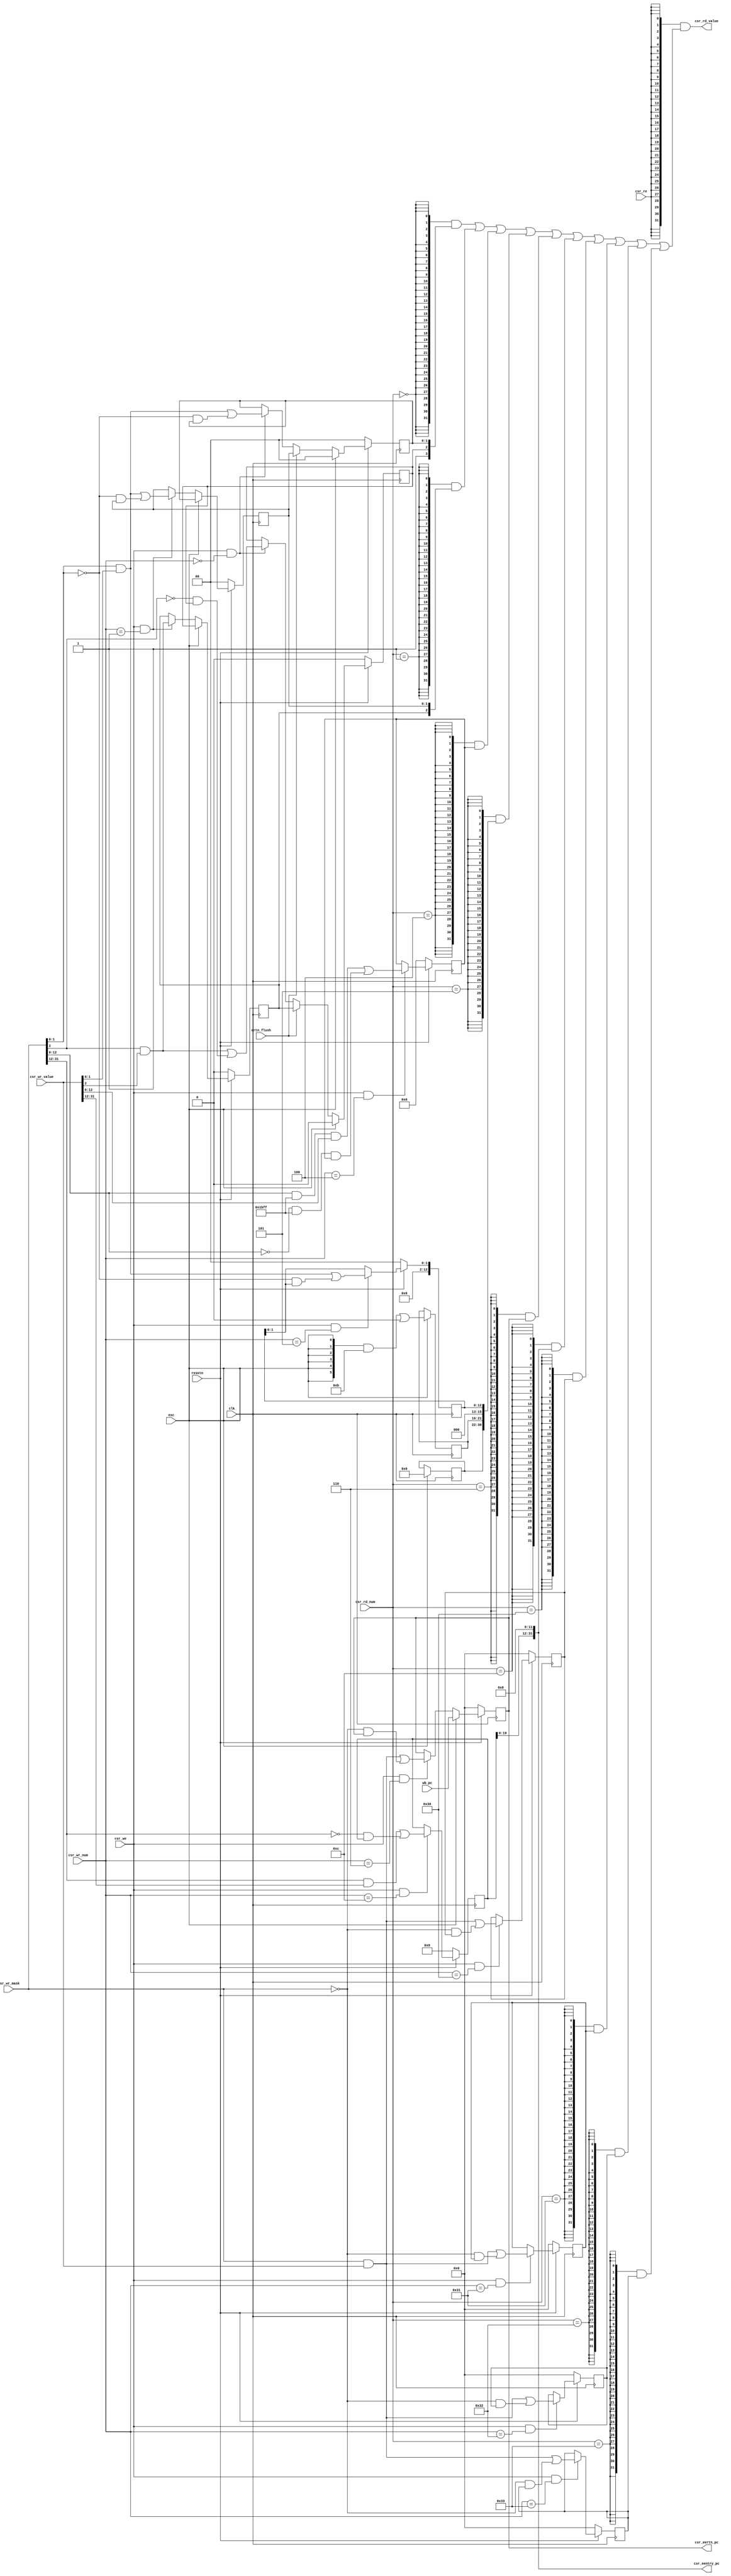
`timescale 1ns / 1ps

module csr(
    input         clk,
    input  [0 :0] exc,//should be revised in exp13 only set sys and brk
    input         ertn_flush,
    input         resetn,
    input         csr_re,
    input  [13:0] csr_wr_num,
    input  [13:0] csr_rd_num,
    input         csr_we,
    input  [31:0] csr_wr_mask,
    input  [31:0] csr_wr_value,
    input  [31:0] wb_pc,
    output [31:0] csr_rd_value,
    output [31:0] csr_eentry_pc,
    output [31:0] csr_eertn_pc
);

localparam  CSR_CRMD             = 14'b0,
            CSR_CRMD_PLV_START   = 0,
            CSR_CRMD_PLV_END     = 1,
            CSR_CRMD_IE          = 2,
            CSR_PRMD             = 14'b1,
            CSR_PRMD_PPLV_START  = 0,
            CSR_PRMD_PPLV_END    = 1,
            CSR_PRMD_PIE         = 2,
            CSR_ECFG             = 14'b100,
            CSR_ECFG_LIE_START   = 0,
            CSR_ECFG_LIE_END     = 12,
            CSR_ESTAT            = 14'h5,
            CSR_ESTAT_IS10_START = 0,
            CSR_ESTAT_IS10_END   = 1,
            CSR_ERA              = 14'h6,
            CSR_ERA_PC_START     = 0,
            CSR_ERA_PC_END       = 31,
            CSR_EENTRY           = 14'hc,
            CSR_EENTRY_VA_START  = 12,
            CSR_EENTRY_VA_END    = 31,
            CSR_SAVE0            = 14'h30,
            CSR_SAVE1            = 14'h31,
            CSR_SAVE2            = 14'h32,
            CSR_SAVE3            = 14'h33,
            CSR_SAVE_DATA_START  = 0,
            CSR_SAVE_DATA_END    = 31,
            CSR_TICLR            = 14'h44,
            CSR_TICLR_CLR        = 1;
//crmd start
wire [31:0] csr_crmd;
reg  [1 :0] csr_crmd_plv;
reg         csr_crmd_ie;
//below should be down in virtual memory
wire        csr_crmd_da;
wire        csr_crmd_pg;
wire [1 :0] csr_crmd_datf;
wire [1 :0] csr_crmd_datm;
//crmd end
//prmd start
wire [31:0] csr_prmd;
reg  [1 :0] csr_prmd_pplv;
reg         csr_prmd_pie;
//prmd end
//ecfg start
wire [31:0] csr_ecfg;
reg  [12:0] csr_ecfg_lie;
//ecfg end
//estate start
wire [31:0] csr_estat;
reg  [12:0] csr_estat_is;
reg  [5 :0] csr_estat_ecode;
reg  [8 :0] csr_estat_esubcode;
wire [5 :0] wb_ecode;
wire [8 :0] wb_esubcode;
//estate end
//era start
wire [31:0] csr_era;
reg  [31:0] csr_era_pc;
//era end
//badv start
wire [31:0] csr_badv;
reg  [31:0] csr_badv_pc;
//badv end
//eentry start
wire [31:0] csr_eentry;
reg  [20:0] csr_eentry_va;
//eentry end
//savr start
reg  [31:0] csr_save0_data;
reg  [31:0] csr_save1_data;
reg  [31:0] csr_save2_data;
reg  [31:0] csr_save3_data;
//save end
//tid start
wire [31:0] csr_tid;
reg  [31:0] csr_tid_tid;
//tid end
//tcfg start
wire [31:0] csr_tcfg;
reg         csr_tcfg_en;
reg         csr_tcfg_periodic;
reg  [29:0] csr_tcfg_initval;
wire [31:0] tcfg_next_value;
wire [31:0] csr_tval;//tcfg is read only
//tcfg end
//ticlr start
wire        csr_ticlr_clr;
//ticlr end
wire        wb_ex;
wire        sys;
wire        break;

assign sys   = exc[0];
assign break = 1'b0;
assign wb_ex = sys | break;
assign wb_ecode = {6{sys}} & 6'hb | {6{break}} & 6'hc;
assign wb_esubcode = 9'b0;

//crmd start
always @(posedge clk ) begin
    if(~resetn)
        csr_crmd_plv <= 2'b0;
    else if(wb_ex)
        csr_crmd_plv <= 2'b0;
    else if(ertn_flush)
        csr_crmd_plv <= csr_prmd_pplv;//eret
    else if(csr_we && csr_wr_num == CSR_CRMD)
        csr_crmd_plv <= csr_wr_mask[CSR_CRMD_PLV_END:CSR_CRMD_PLV_START] & csr_wr_value[CSR_CRMD_PLV_END:CSR_CRMD_PLV_START]
                        | ~csr_wr_mask[CSR_CRMD_PLV_END: CSR_CRMD_PLV_START] & csr_crmd_plv;
end

always @(posedge clk ) begin
    if(~resetn)
        csr_crmd_ie <= 1'b0;
    else if(wb_ex)
        csr_crmd_ie <= 1'b0;
    else if(ertn_flush)
        csr_crmd_ie <= csr_prmd_pie;
    else if(csr_we && csr_wr_num == CSR_CRMD)
        csr_crmd_ie <= csr_wr_mask[CSR_CRMD_IE] & csr_wr_value[CSR_CRMD_IE]
                       | ~csr_wr_mask[CSR_CRMD_IE] & csr_crmd_ie;
end
//virtual memory
assign csr_crmd_da   = 1'b1;
assign csr_crmd_pg   = 1'b0;
assign csr_crmd_datf = 2'b00;
assign csr_crmd_datm = 2'b00;
//crmd end

assign csr_crmd = {23'b0,csr_crmd_datm,csr_crmd_datf,csr_crmd_pg,csr_crmd_da,csr_crmd_ie,csr_crmd_plv};

//prmd start
always @(posedge clk ) begin
    if(~resetn)begin
        csr_prmd_pplv <= 2'b0;
        csr_prmd_pie  <= 1'b0;
    end
    else if(wb_ex)begin
        csr_prmd_pplv <= csr_crmd_plv;
        csr_prmd_pie  <= csr_crmd_ie;
    end
    else if(csr_we && csr_wr_num == CSR_PRMD)begin
        csr_prmd_pplv <= csr_wr_mask[CSR_PRMD_PPLV_END:CSR_PRMD_PPLV_START] & csr_wr_value[CSR_PRMD_PPLV_END:CSR_PRMD_PPLV_START]
                         | ~csr_wr_mask[CSR_PRMD_PPLV_END:CSR_PRMD_PPLV_START] & csr_prmd_pplv;
        csr_prmd_pie  <= csr_wr_mask[CSR_PRMD_PIE] & csr_wr_value[CSR_PRMD_PIE]
                         | ~csr_wr_mask[CSR_PRMD_PIE] & CSR_PRMD_PIE;
    end
end

assign csr_prmd = {29'b0,csr_prmd_pie,csr_prmd_pplv};
//prmd end

//ecfg start
always @(posedge clk ) begin
    if(~resetn)
        csr_ecfg_lie <= 13'b0;
    else if(csr_we && csr_wr_num == CSR_ECFG)
        csr_ecfg_lie <= csr_wr_mask[CSR_ECFG_LIE_END:CSR_ECFG_LIE_START] & 13'h1bff & csr_wr_value[CSR_ECFG_LIE_END:CSR_ECFG_LIE_START]
                        | ~csr_wr_mask[CSR_ECFG_LIE_END:CSR_ECFG_LIE_START] & 13'h1bff & csr_ecfg_lie;
end
assign csr_ecfg = {19'b0,csr_ecfg_lie};
//ecfg end

//estate start
always @(posedge clk ) begin
    if(~resetn)
        csr_estat_is[1:0] <= 2'b0;
    else if(csr_we && csr_wr_num == CSR_ESTAT)
        csr_estat_is[1:0] <= csr_wr_mask[CSR_ESTAT_IS10_END:CSR_ESTAT_IS10_START] & csr_wr_value[CSR_ESTAT_IS10_END:CSR_ESTAT_IS10_START]
                             | ~csr_wr_mask[CSR_ESTAT_IS10_END:CSR_ESTAT_IS10_START] & csr_estat_is[1:0];

    csr_estat_is[9:2] = 8'b0;
    // csr_estat_is[9:2] = hw_int_in[7:0]; // not achieved
    csr_estat_is[10] <= 1'b0;

    // if(timer_cnt[31:0] == 32'b0)//not achieved
    //     csr_estat_is[11] <= 1'b1;
    // else if(csr_we && csr_wr_num == CSR_TICLR && csr_wr_mask[CSR_TICLR_CLR] && csr_wr_value[CSR_TICLR_CLR])
    //     csr_estat_is[11] <= 1'b0;
    csr_estat_is[11] <= 1'b0;
    csr_estat_is[12] <= 1'b0;
    // csr_estat_is[12] <= ipi_int_in;//not achieved
end
always @(posedge clk ) begin
    if(wb_ex)begin
        csr_estat_ecode <= wb_ecode;
        csr_estat_esubcode <= wb_esubcode;
    end
end
assign csr_estat = {1'b0,csr_estat_esubcode,csr_estat_ecode,3'b0,csr_estat_is};
//estate end

//era start
always @(posedge clk ) begin
    if(~resetn)
        csr_era_pc <= 32'b0;
    else if(wb_ex)
        csr_era_pc <= wb_pc;
    else if(csr_we && csr_wr_num == CSR_ERA)
        csr_era_pc <= csr_wr_mask[CSR_ERA_PC_END:CSR_ERA_PC_START] & csr_wr_value[CSR_ERA_PC_END:CSR_ERA_PC_START]
                      | ~csr_wr_mask[CSR_ERA_PC_END:CSR_ERA_PC_START] & csr_era_pc;
end
assign csr_era = csr_era_pc;
//era end

//eentry start
always @(posedge clk ) begin
    if(~resetn)
        csr_eentry_va <= 20'b0;
    else if(csr_we && csr_wr_num == CSR_EENTRY)
        csr_eentry_va <= csr_wr_mask[CSR_EENTRY_VA_END:CSR_EENTRY_VA_START] & csr_wr_value[CSR_EENTRY_VA_END:CSR_EENTRY_VA_START]
                         | ~csr_wr_mask[CSR_EENTRY_VA_END:CSR_EENTRY_VA_START] & csr_eentry_va;
end
assign csr_eentry = {csr_eentry_va,12'b0};
//eentry end

//save start
always @(posedge clk ) begin
    if(~resetn)
        csr_save0_data <= 32'b0;
    else if(csr_we && csr_wr_num == CSR_SAVE0)
        csr_save0_data <= csr_wr_mask[CSR_SAVE_DATA_END:CSR_SAVE_DATA_START] & csr_wr_value[CSR_SAVE_DATA_END:CSR_SAVE_DATA_START]
                          | ~csr_wr_mask[CSR_SAVE_DATA_END:CSR_SAVE_DATA_START] & csr_save0_data;
    if(~resetn)
        csr_save1_data <= 32'b0;
    else if(csr_we && csr_wr_num == CSR_SAVE1)
        csr_save1_data <= csr_wr_mask[CSR_SAVE_DATA_END:CSR_SAVE_DATA_START] & csr_wr_value[CSR_SAVE_DATA_END:CSR_SAVE_DATA_START]
                          | ~csr_wr_mask[CSR_SAVE_DATA_END:CSR_SAVE_DATA_START] & csr_save1_data;
    if(~resetn)
        csr_save2_data <= 32'b0;
    else if(csr_we && csr_wr_num == CSR_SAVE2)
        csr_save2_data <= csr_wr_mask[CSR_SAVE_DATA_END:CSR_SAVE_DATA_START] & csr_wr_value[CSR_SAVE_DATA_END:CSR_SAVE_DATA_START]
                          | ~csr_wr_mask[CSR_SAVE_DATA_END:CSR_SAVE_DATA_START] & csr_save2_data;
    if(~resetn)
        csr_save3_data <= 32'b0;
    else if(csr_we && csr_wr_num == CSR_SAVE3)
        csr_save3_data <= csr_wr_mask[CSR_SAVE_DATA_END:CSR_SAVE_DATA_START] & csr_wr_value[CSR_SAVE_DATA_END:CSR_SAVE_DATA_START]
                          | ~csr_wr_mask[CSR_SAVE_DATA_END:CSR_SAVE_DATA_START] & csr_save3_data;
end
//save end
assign csr_ticlr_clr = 1'b0;
assign csr_rd_value = {32{csr_re}}
                    & ( {32{csr_rd_num == CSR_CRMD}} & csr_crmd
                        | {32{csr_rd_num == CSR_PRMD}} & csr_prmd
                        | {32{csr_rd_num == CSR_ECFG}} & csr_ecfg
                        | {32{csr_rd_num == CSR_ESTAT}} & csr_estat
                        | {32{csr_rd_num == CSR_ERA}}   & csr_era
                        | {32{csr_rd_num == CSR_EENTRY}} & csr_eentry
                        | {32{csr_rd_num == CSR_SAVE0}} & csr_save0_data
                        | {32{csr_rd_num == CSR_SAVE1}} & csr_save1_data
                        | {32{csr_rd_num == CSR_SAVE2}} & csr_save2_data
                        | {32{csr_rd_num == CSR_SAVE3}} & csr_save3_data);
assign csr_eentry_pc = csr_eentry;
assign csr_eertn_pc  = csr_era;
endmodule